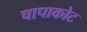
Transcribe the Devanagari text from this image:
चापाकोट